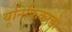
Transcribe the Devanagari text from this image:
यूनिफिकाडो